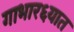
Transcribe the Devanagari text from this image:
गाभार६यात